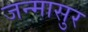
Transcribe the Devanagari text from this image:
जन्मासुर